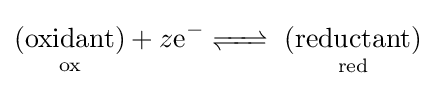
{\underset {\text{ox}}{\text{(oxidant)}}}+z{\ce {e- <=>}}\ {\underset {\text{red}}{\text{(reductant)}}}